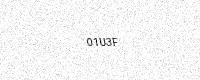
Text: 01U3F